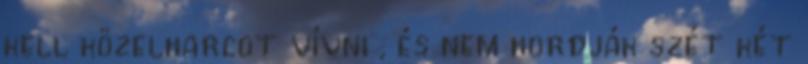
kell közelharcot vívni , és nem hordják szét két